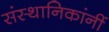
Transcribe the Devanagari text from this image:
संस्थानिकांनीं